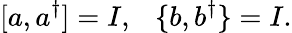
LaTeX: [a,a^{\dagger}]=I,\ \ \ \{ b,b^{\dagger}\} =I.